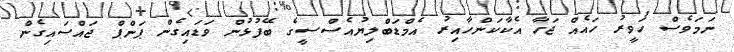
ނަމަވެސް ހަވީރު ހައެއް ޖަހާ އެކާކަންހާއިރު އެމްޑަބްލިޔުއެސްސީގެ ބޭފުޅުން ވަޑައިގެން ޕަންޕް ޖައްސައިގެން